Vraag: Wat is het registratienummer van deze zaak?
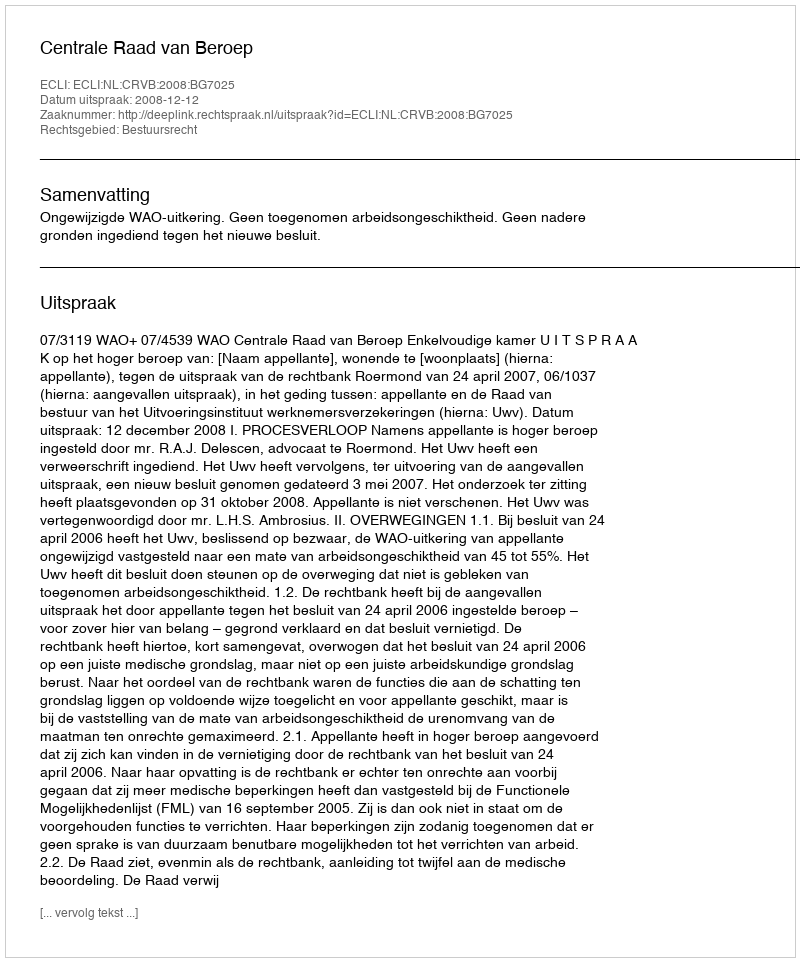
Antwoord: http://deeplink.rechtspraak.nl/uitspraak?id=ECLI:NL:CRVB:2008:BG7025